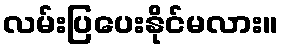
လမ်းပြပေးနိုင်မလား။